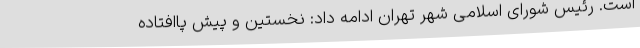
است. رئیس شورای اسلامی شهر تهران ادامه داد: نخستین و پیش پاافتاده